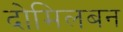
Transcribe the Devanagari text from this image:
दोमिलबन